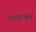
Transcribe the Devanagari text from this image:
भिन्नाश्रय